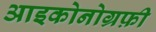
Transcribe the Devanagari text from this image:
आइकोनोग्रफ़ी